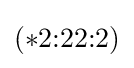
(*2{:}22{:}2)